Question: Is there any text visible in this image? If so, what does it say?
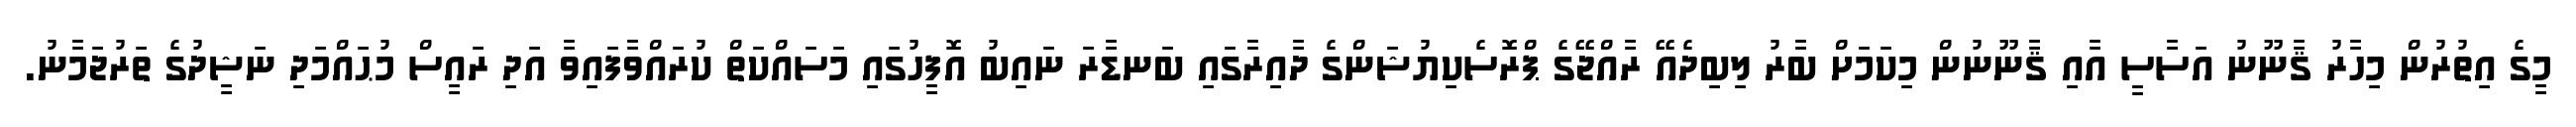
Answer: މީގެ އިތުރުން މިހާރު ޤާނޫނު އަސާސީ އާއި ޤާނޫނުން މިކަމަށް ބާރު ލިބިދެއޭ ރާއްޖޭގެ ޕްރޮސެކިޔުޝަންގެ ދާއިރާގައި ބަނޑާރަ ނައިބު އޮފީހުގައި މަސައްކަތް ކުރައްވާފައިވާ އަދި ރައީސް މުޙައްމަދި ނަޝީދުގެ ތަރުޖަމާނު.